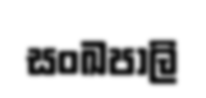
සංඛපාලි